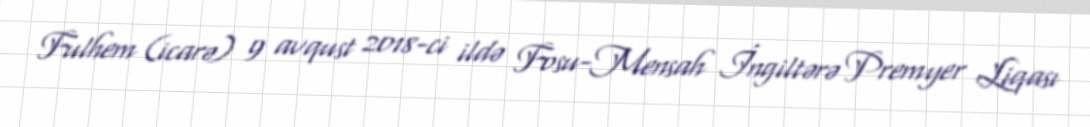
Fulhem (icarə) 9 avqust 2018-ci ildə Fosu-Mensah İngiltərə Premyer Liqası